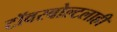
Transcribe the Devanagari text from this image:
टॉवरबोल्टलाही